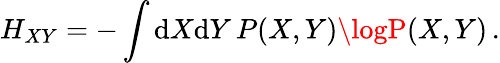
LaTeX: H_{XY}=-\int\mathrm{d}X\mathrm{d}Y\, P(X,Y)\logP(X,Y)\, .